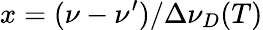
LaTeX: x=(\nu-\nu^{\prime})/\Delta\nu_{D}(T)